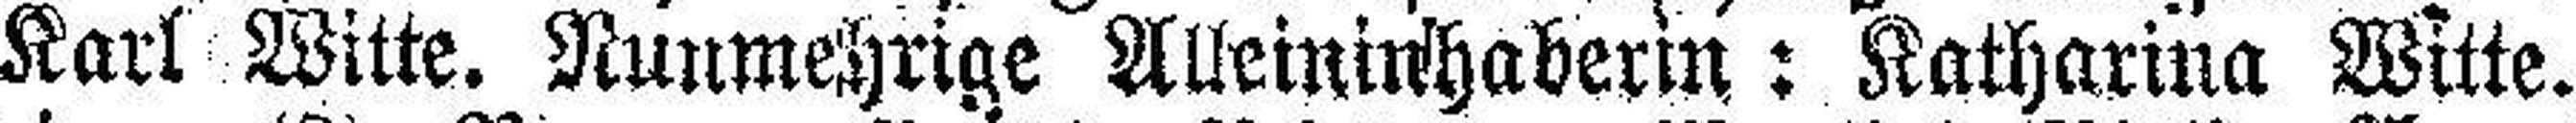
Karl Witte. Nunmehrige Alleininhaberin: Katharina Witte.